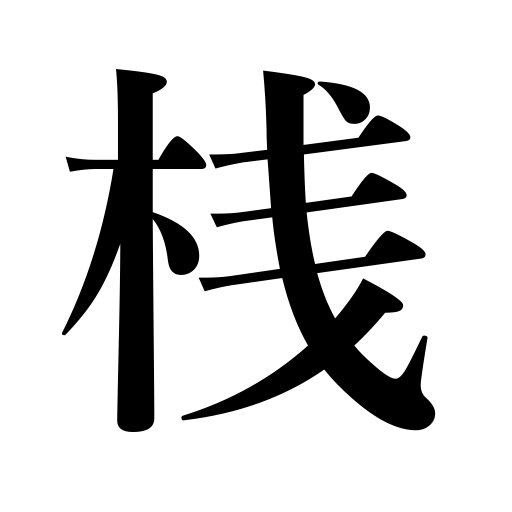
Meanings: crosspiece,jetty,frame,shelf,suspension bridge,cleat,door bolt